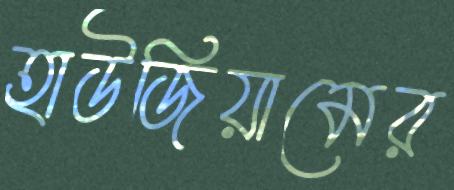
হাউজিয়ামের